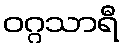
ဝဂ္ဂသာရီ